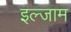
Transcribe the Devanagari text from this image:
इल्‍जाम